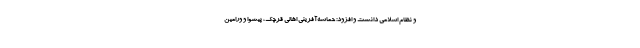
و نظام اسلامی دانست و افزود: حماسه‌آفرینی اهالی قرچک، پیشوا و ورامین